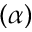
( \alpha )